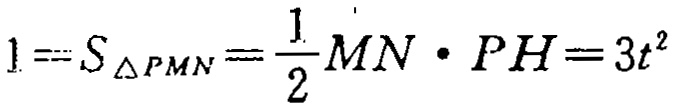
$1 = S_{\triangle PMN}=\frac{1}{2}MN\cdot PH = 3t^{2}$